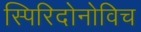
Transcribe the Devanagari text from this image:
स्पिरिदोनोविच